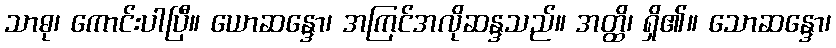
သာဓု၊ ကောင်းပါပြီ။ ယောဆန္ဒော၊ အကြင်အလိုဆန္ဒသည်။ အတ္ထိ၊ ရှိ၏။ သောဆန္ဒော၊